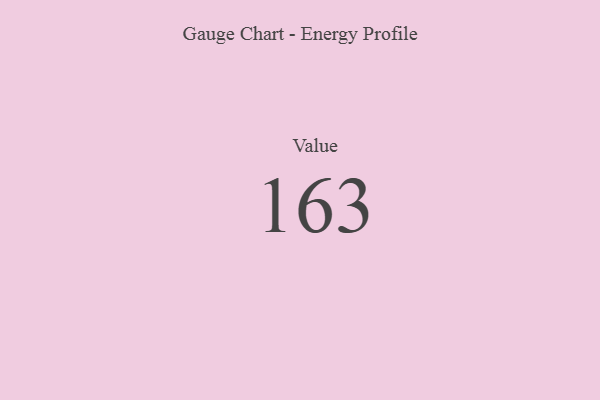
{"axis": {"x": "Metric", "y": "Value"}, "legend": [""], "data": [{"x": "Value", "y": 163, "type": ""}]}